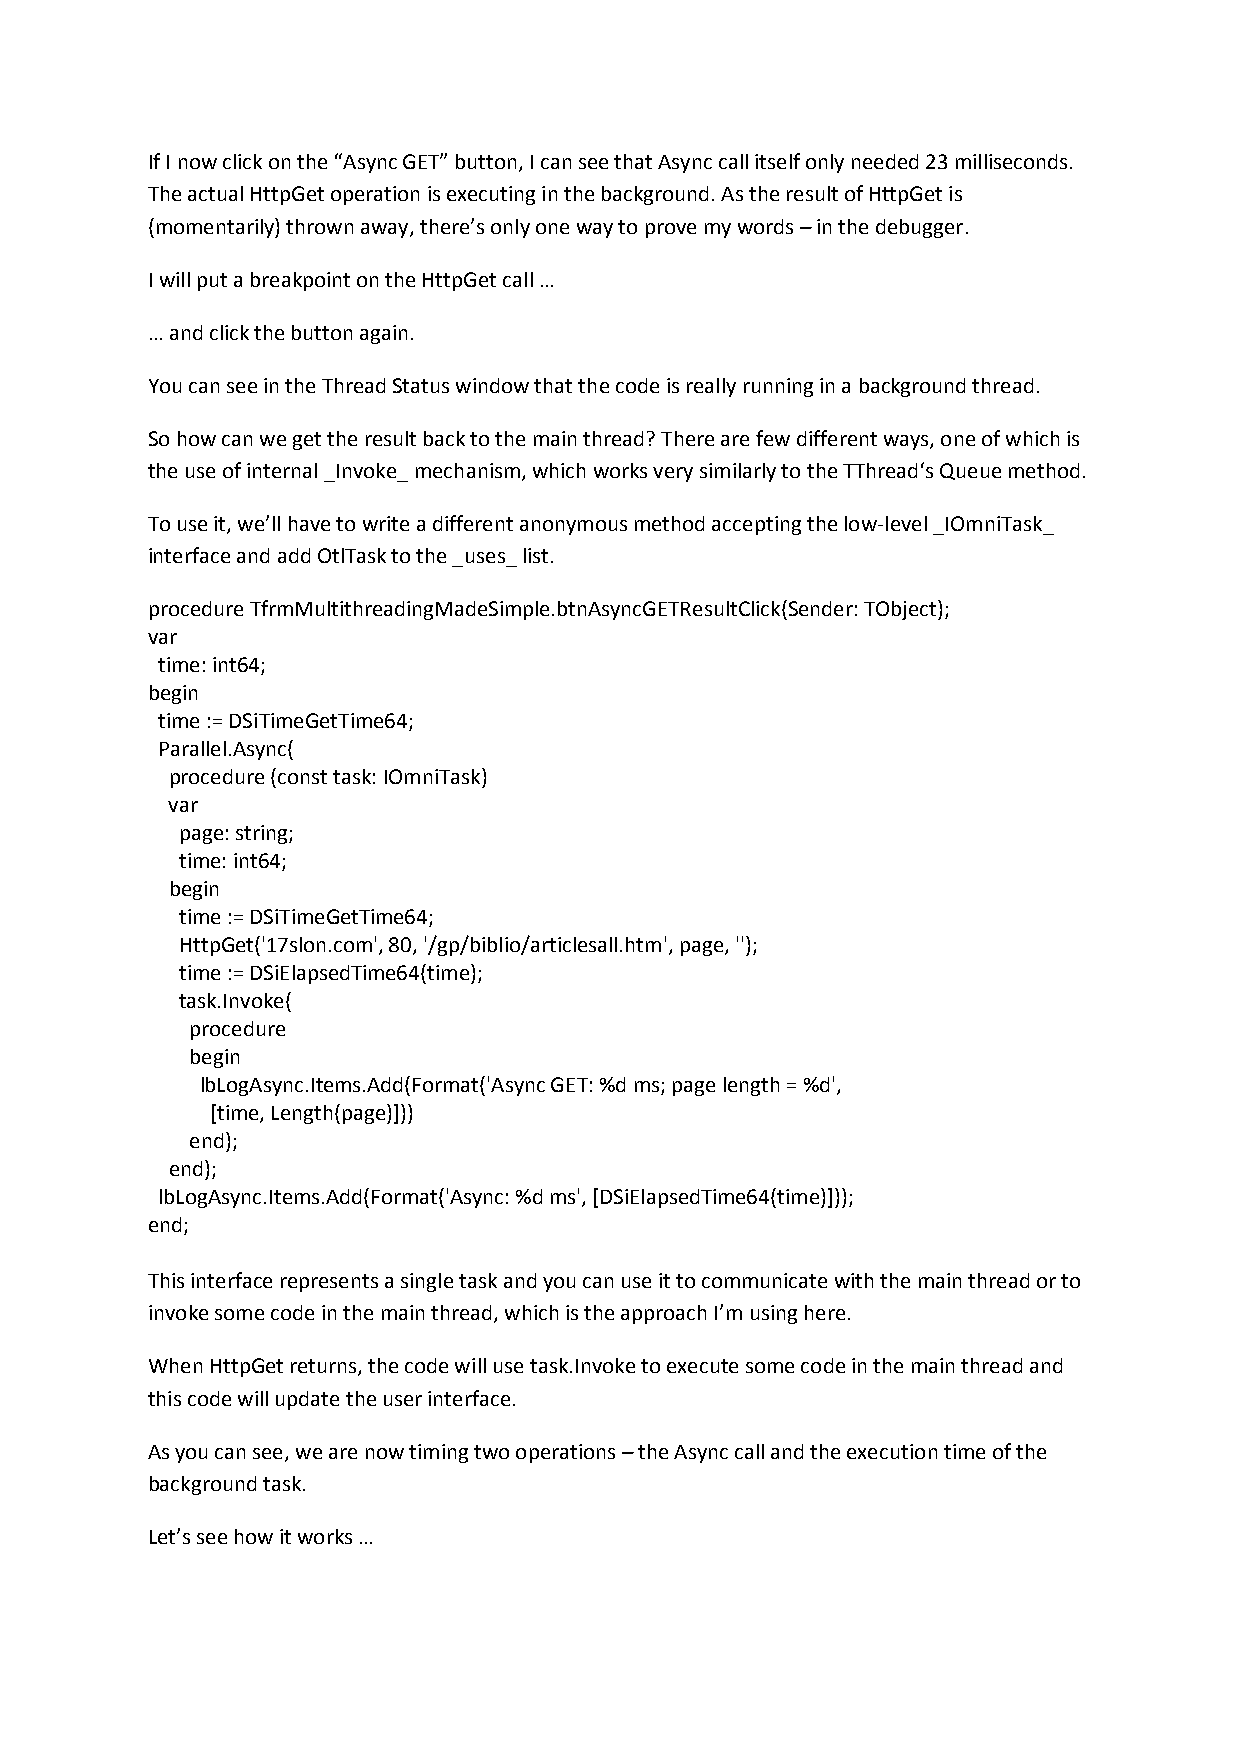
If I now click on the “Async GET” button, I can see that Async call itself only needed 23 milliseconds.
 The actual HttpGet operation is executing in the background. As the result of HttpGet is
 (momentarily) thrown away, there’s only one way to prove my words – in the debugger.
 I will put a breakpoint on the HttpGet call …
 … and click the button again.
 You can see in the Thread Status window that the code is really running in a background thread.
 So how can we get the result back to the main thread? There are few different ways, one of which is
 the use of internal _Invoke_ mechanism, which works very similarly to the TThread‘s Queue method.
 To use it, we’ll have to write a different anonymous method accepting the low-level _IOmniTask_
 interface and add OtlTask to the _uses_ list.
 procedure TfrmMultithreadingMadeSimple.btnAsyncGETResultClick(Sender: TObject);
 var
 time: int64;
 begin
 time := DSiTimeGetTime64;
 Parallel.Async(
 procedure (const task: IOmniTask)
 var
 page: string;
 time: int64;
 begin
 time := DSiTimeGetTime64;
 HttpGet('17slon.com', 80, '/gp/biblio/articlesall.htm', page, '');
 time := DSiElapsedTime64(time);
 task.Invoke(
 procedure
 begin
 lbLogAsync.Items.Add(Format('Async GET: %d ms; page length = %d',
 [time, Length(page)]))
 end);
 end);
 lbLogAsync.Items.Add(Format('Async: %d ms', [DSiElapsedTime64(time)]));
 end;
 This interface represents a single task and you can use it to communicate with the main thread or to
 invoke some code in the main thread, which is the approach I’m using here.
 When HttpGet returns, the code will use task.Invoke to execute some code in the main thread and
 this code will update the user interface.
 As you can see, we are now timing two operations – the Async call and the execution time of the
 background task.
 Let’s see how it works …